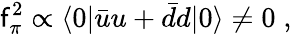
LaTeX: \mathsf{f}_{\pi}^{2}\propto\langle0|\bar{{u}}u+\bar{{d}}d|0\rangle\neq0\; ,